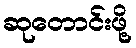
ဆုတောင်းဖို့